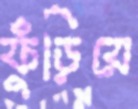
ফুঁড়িয়ে